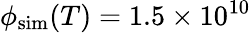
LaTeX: \phi_{\mathrm{sim}}(T)=1.5\times 10^{10}